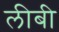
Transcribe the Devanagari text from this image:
लीबी